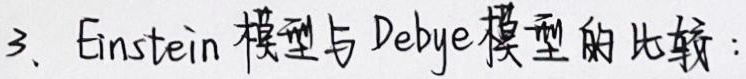
3. Einstein模型与Debye模型的比较：